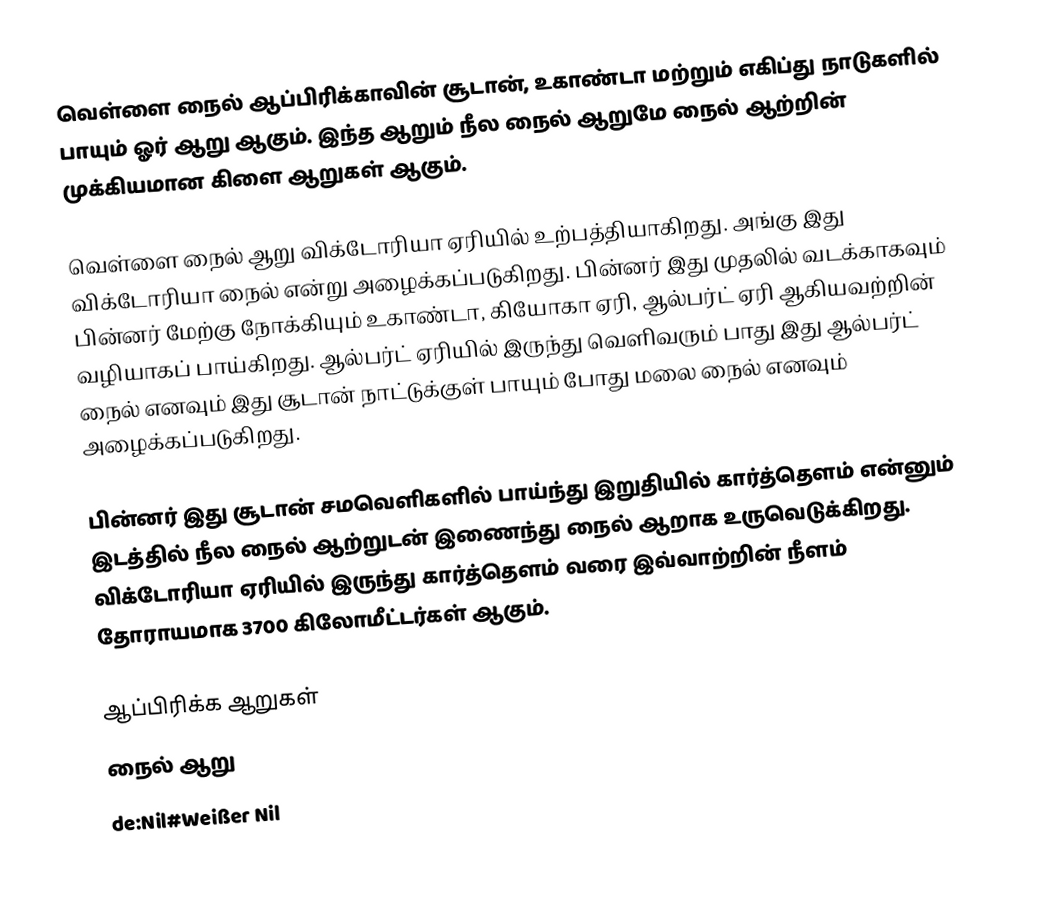
வெள்ளை நைல் ஆப்பிரிக்காவின் சூடான், உகாண்டா மற்றும் எகிப்து நாடுகளில் பாயும் ஓர் ஆறு ஆகும். இந்த ஆறும் நீல நைல் ஆறுமே நைல் ஆற்றின் முக்கியமான கிளை ஆறுகள் ஆகும்.

வெள்ளை நைல் ஆறு விக்டோரியா ஏரியில் உற்பத்தியாகிறது. அங்கு இது விக்டோரியா நைல் என்று அழைக்கப்படுகிறது. பின்னர் இது முதலில் வடக்காகவும் பின்னர் மேற்கு நோக்கியும் உகாண்டா, கியோகா ஏரி, ஆல்பர்ட் ஏரி ஆகியவற்றின் வழியாகப் பாய்கிறது. ஆல்பர்ட் ஏரியில் இருந்து வெளிவரும் பாது இது ஆல்பர்ட் நைல் எனவும் இது சூடான் நாட்டுக்குள் பாயும் போது மலை நைல் எனவும் அழைக்கப்படுகிறது.

பின்னர் இது சூடான் சமவெளிகளில் பாய்ந்து இறுதியில் கார்த்தௌம் என்னும் இடத்தில் நீல நைல் ஆற்றுடன் இணைந்து நைல் ஆறாக உருவெடுக்கிறது. விக்டோரியா ஏரியில் இருந்து கார்த்தௌம் வரை இவ்வாற்றின் நீளம் தோராயமாக 3700 கிலோமீட்டர்கள் ஆகும்.

ஆப்பிரிக்க ஆறுகள்
நைல் ஆறு
de:Nil#Weißer Nil